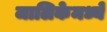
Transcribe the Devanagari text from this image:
जालिकेमध्ये